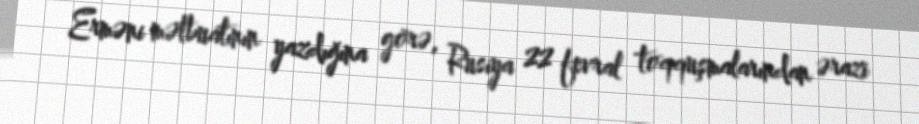
Erməni mətbuatının yazdığına görə, Rusiya 22 fevral toqquşmalarından ərazi